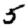
Digit: 5